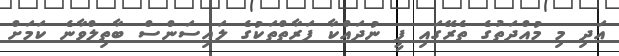
އަދި މި މުއްދަތުގެ ތެރޭގައި ފީ ނުދައްކާ ފަރާތްތަކުގެ ލައިސަންސް ބާތިލްވާނެ ކަމަށް